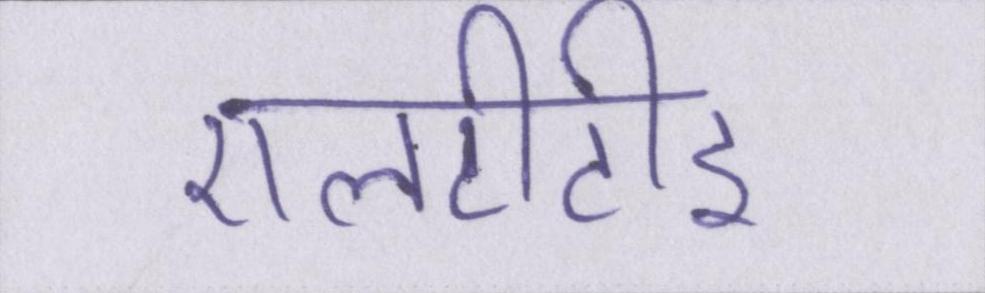
एलटीटीइ